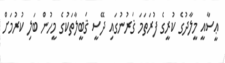
ޢީސާއީ މީލާދުގެ ކުރީގެ ފުރަތަމަ ޤަރުނުގައި ދޭސީ ޤަބީލާތަކުގެ މީހުން ބަލި ކުރުމަށް